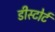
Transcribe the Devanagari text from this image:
डीस्टोर्ट